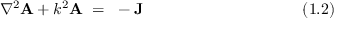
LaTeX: \nabla ^ { 2 } \mathbf { A } + k ^ { 2 } \mathbf { A } ~ = ~ - \mathbf { J } ~ ~ ~ ~ ~ ~ ~ ~ ~ ~ ~ ~ ~ ~ ~ ~ ~ ~ ~ ~ ~ ~ ~ ~ ~ ~ ~ ~ ~ ~ ( 1 . 2 )